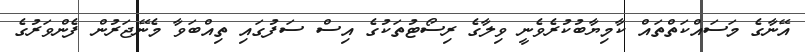
އޭނާގެ މަސައްކަތްތައް ކާމިޔާބުކުރެވެނީ ވިލާގެ ރިސޯޓުތަކުގެ އިސް ސަފުގައި ތިއްބަވާ މެނޭޖަރުން ފެންވަރުގެ